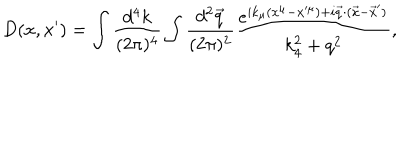
D ( x , x ^ { \prime } ) = \int { \frac { d ^ { 4 } k } { ( 2 \pi ) ^ { 4 } } } \int { \frac { d ^ { 2 } { \vec { q } } } { ( 2 \pi ) ^ { 2 } } } { \frac { e ^ { i k _ { \mu } ( x ^ { \mu } - x ^ { \mu } ) + i { \vec { q } } \cdot ( { \vec { x } } - { \vec { x } ^ { \prime } } ) } } { k _ { 4 } ^ { 2 } + q ^ { 2 } } } ,